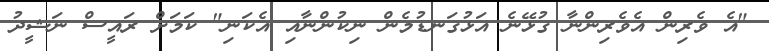
"އެ ވެރިން އެވެރިންނާ ގުޅޭނެ އަޅުގަނޑުމެން ނިކުންނާއި އެކަނި" ކަމަށް ރައީސް ނަޝީދު